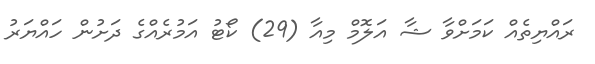
ރައްޔިތެއް ކަމަށްވާ ޝާ އަލޮމް މިއާ (29) ކޯޓު އަމުރެއްގެ ދަށުން ހައްޔަރު